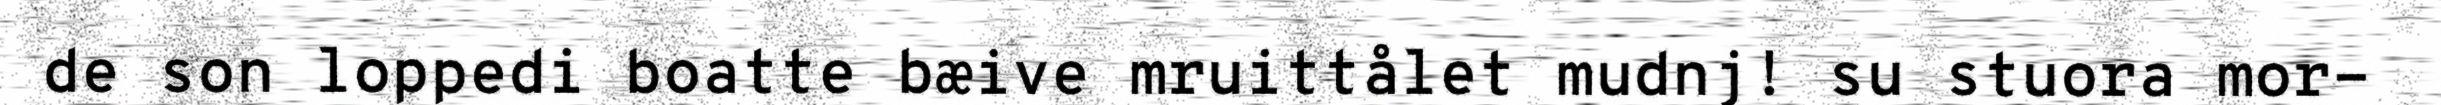
de son loppedi boatte bæive mruittålet mudnj! su stuora mor-